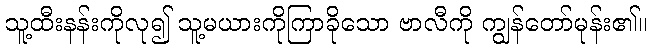
သူ့ထီးနန်းကိုလု၍ သူ့မယားကိုကြာခိုသော ဗာလီကို ကျွန်တော်မုန်း၏။